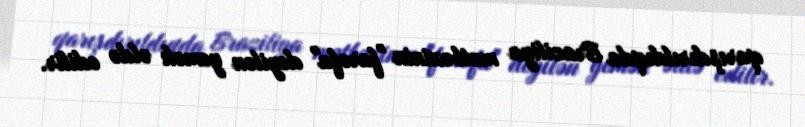
qarışdırıldıqda Braziliya mətbəxinin "farofa" deyilən yemək əldə edilir.